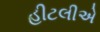
હીટલીએ